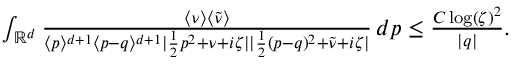
\begin{array} { r } { \int _ { \mathbb { R } ^ { d } } \frac { \langle \nu \rangle \langle \tilde { \nu } \rangle } { \langle p \rangle ^ { d + 1 } \langle p - q \rangle ^ { d + 1 } | \frac { 1 } { 2 } p ^ { 2 } + \nu + i \zeta | | \frac { 1 } { 2 } ( p - q ) ^ { 2 } + \tilde { \nu } + i \zeta | } \, d p \leq \frac { C \log ( \zeta ) ^ { 2 } } { | q | } . } \end{array}